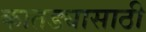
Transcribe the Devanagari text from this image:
कातड्यासाठी